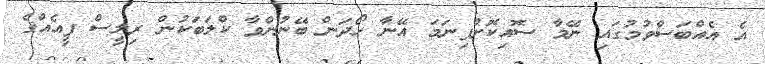
އެ އެއްބަސްވުމުގައި ނޭމާ ސޮއިކޮށްފިނަމަ އޭނާ ހޯދަން ބޭނުންވާ ކްލަބަކުން ރިލީސް ފީއެއްގެ